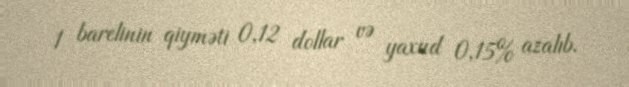
1 barelinin qiyməti 0,12 dollar və yaxud 0,15% azalıb.